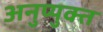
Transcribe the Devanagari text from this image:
अनुप्युक्त